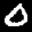
Label: 0